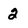
Character: 2